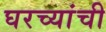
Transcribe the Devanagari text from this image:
घरच्यांची